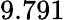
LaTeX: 9.791